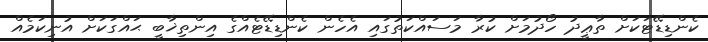
ކެންޑިޑޭޓަކަށް ތާޢީދު ހޯދުމަށް ކުރާ މަސައްކަތުގައި އެހެން ކެންޑިޑޭޓެއްގެ އިންތިޚާބީ ޙައްގަކަށް އުނިކަމެއް